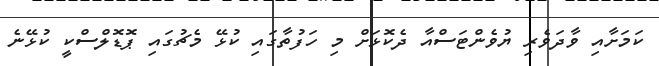
ކަމަށާއި ވާދަވެރި ޔުވެންޓަސްއާ ދެކޮޅަށް މި ހަފުތާގައި ކުޅޭ މެޗުގައި ޕޮޑޮލްސްކީ ކުޅޭނެ